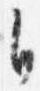
自